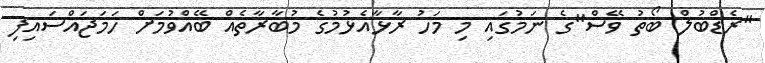
"ރެޑްބުލް ބޯތު ވޭސް"ގެ ނަމުގައި މި މަހު ރާޅާއެޅުމުގެ މުބާރާތެއް ބޭއްވުމަށް ހަމަޖައްސައިފި